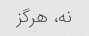
نه، هرگز